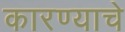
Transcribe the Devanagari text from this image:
कारण्याचे